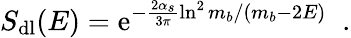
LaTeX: S_{\mathrm{dl}}(E)=\mathrm{e}^{-\frac{2\alpha_{s}}{3\pi}\ln^{2}{m_{b}/(m_{b}-2E)}}\; \; .